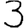
Digit: 3